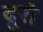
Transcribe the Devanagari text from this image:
दूरो